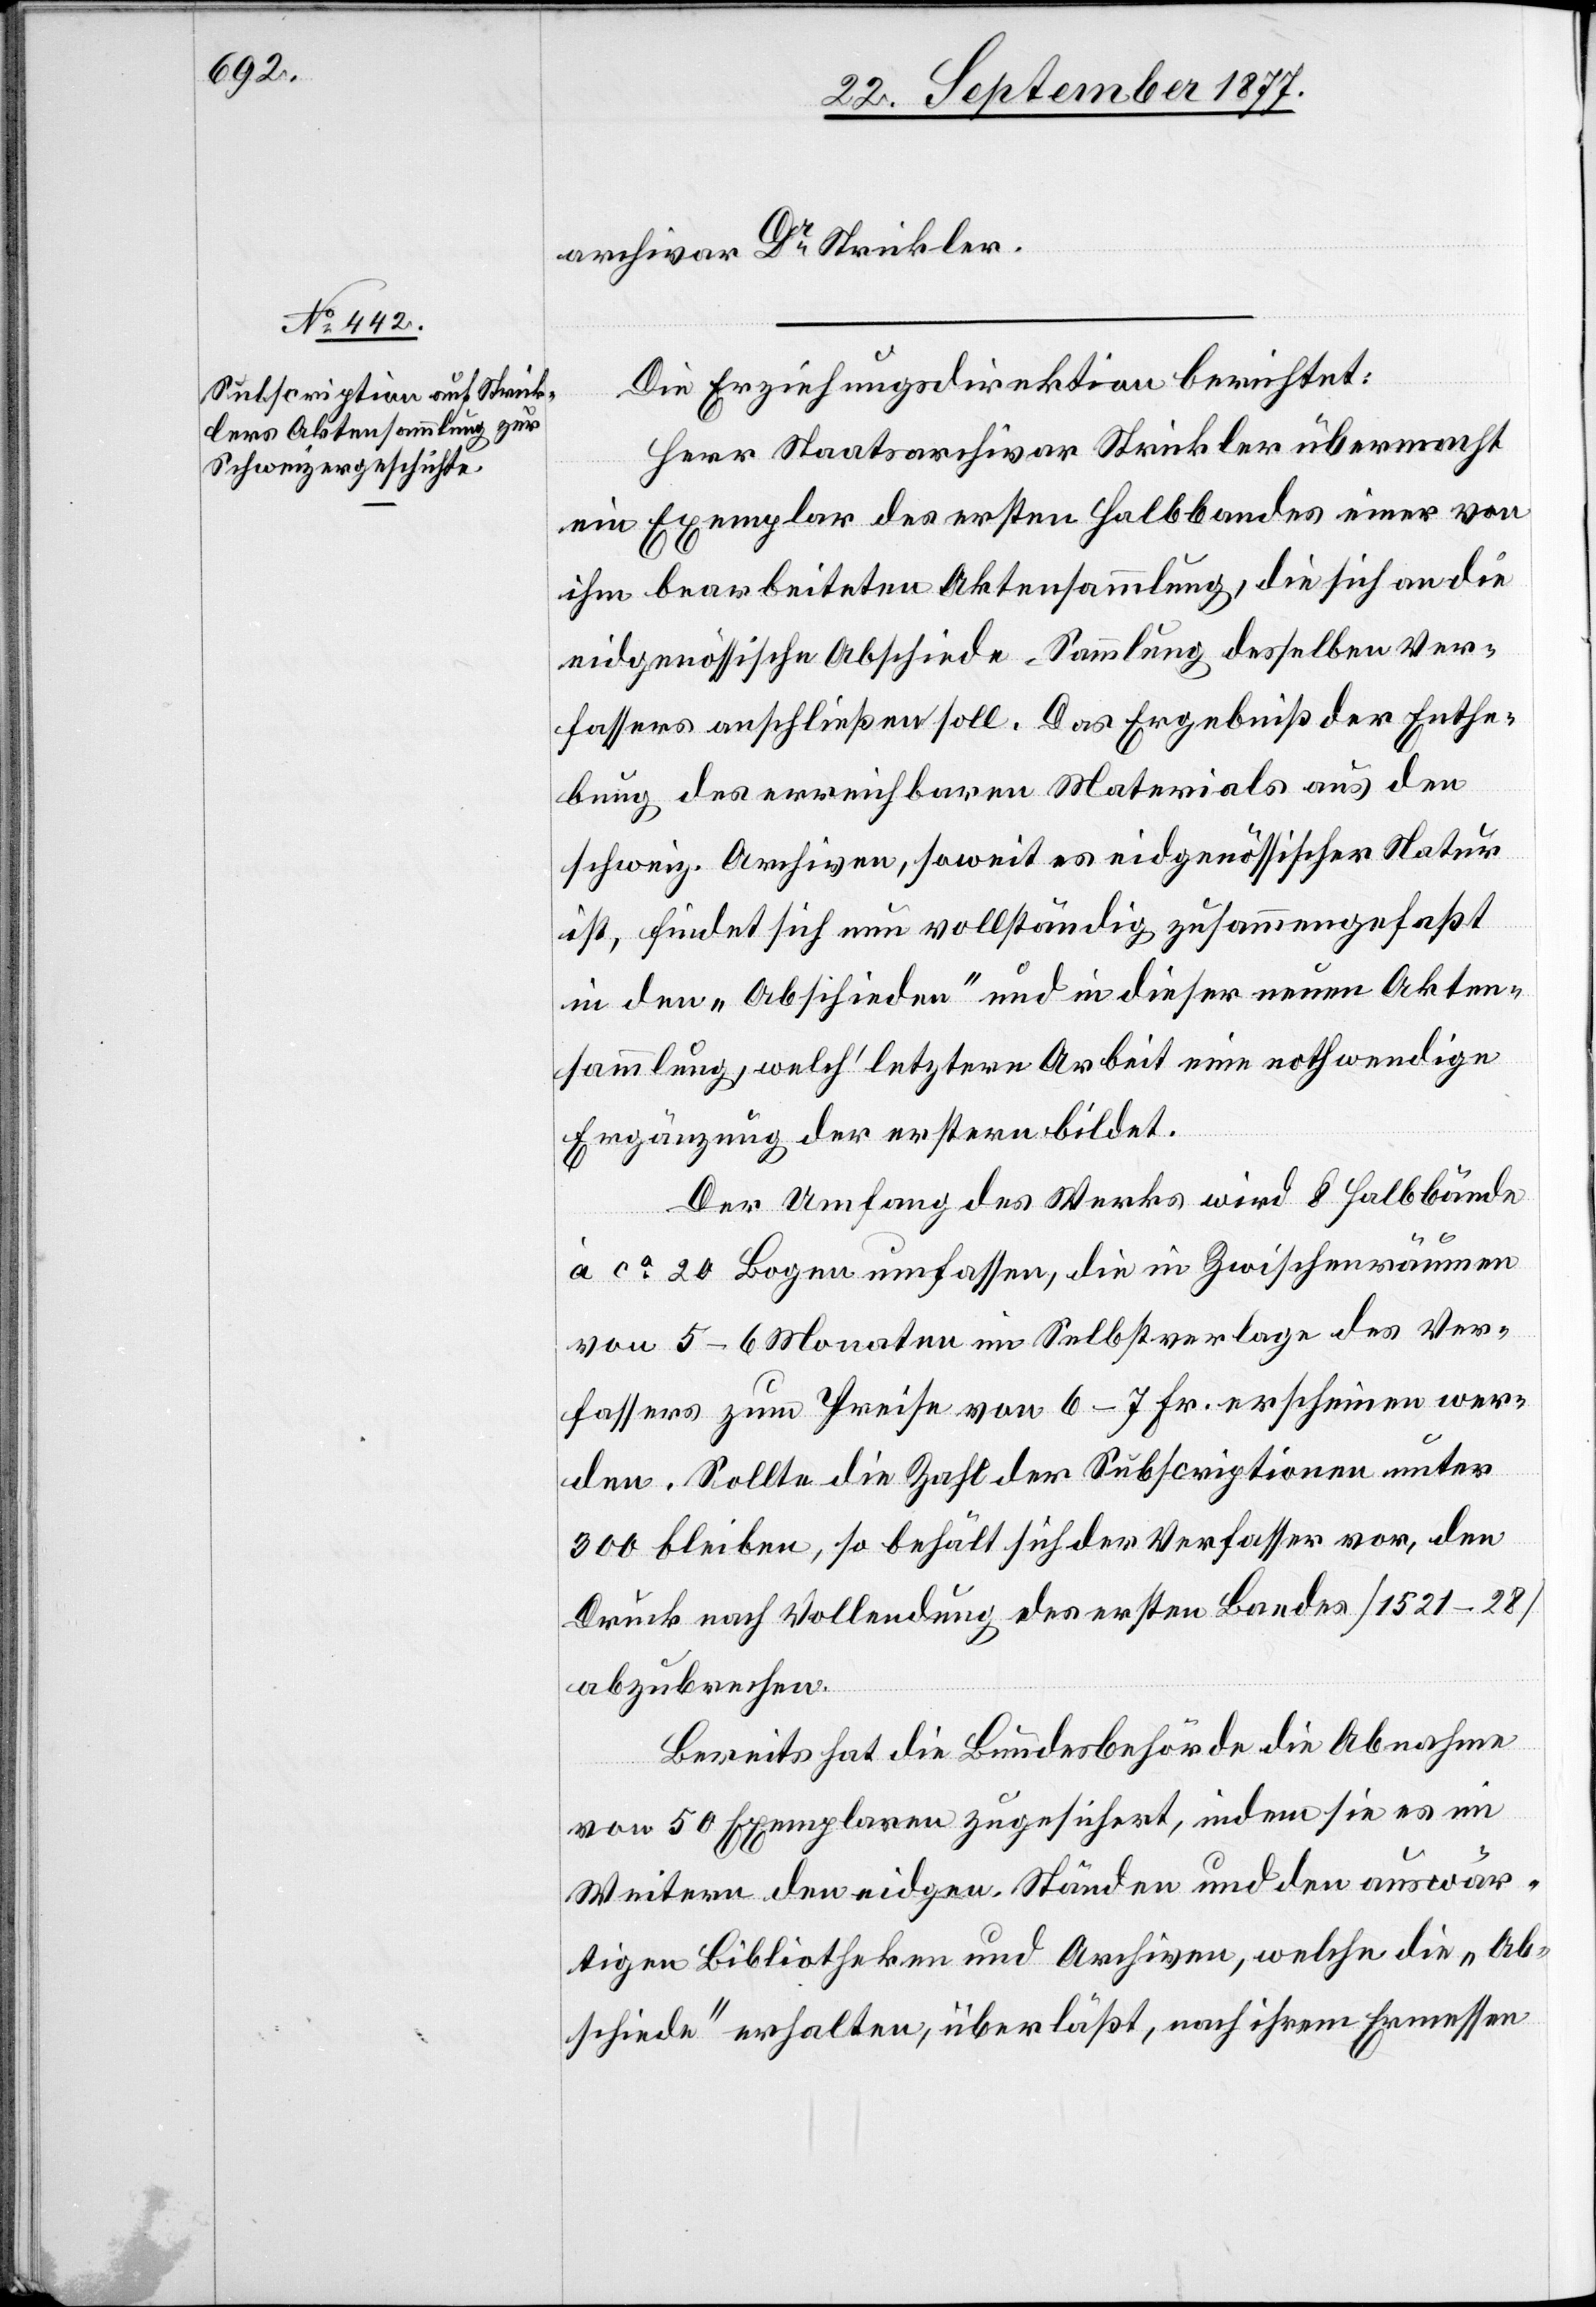
archivar Dr Strickler.
Die Erziehungsdirektion berichtet:
Herr Staatsarchivar Strickler übermacht
ein Exemplar des ersten Halbbandes einer von
ihm bearbeiteten Aktensammlung, die sich an die
eidgenössische Abschiede-Sammlung desselben Ver¬
fassers anschließen soll. Das Ergebniß der Enthe¬
bung des erreichbaren Materials aus den
schweiz. Archiven, soweit es eidgenössischer Natur
ist, findet sich nun vollständig zusammengefaßt
in den „Abschieden“ und in dieser neuen Akten¬
sammlung, welch‘ letztere Arbeit eine nothwendige
Ergänzung der erstern bildet.
Der Umfang des Werks wird 8 Halbbände
à ca 20 Bogen umfassen, die in Zwischenräumen
von 5–6 Monaten im Selbstverlage des Ver¬
fassers zum Preise von 6–7 Fr. erscheinen wer¬
den. Sollte die Zahl der Subscriptionen unter
300 bleiben, so behält sich der Verfasser vor, den
Druck nach Vollendung des ersten Bandes (1521–28)
abzubrechen.
Bereits hat die Bundesbehörde die Abnahme
von 50 Exemplaren zugesichert, indem sie es im
Weitern den eidgen. Ständen und den auswär¬
tigen Bibliotheken und Archiven, welche die „Ab¬
schiede“ erhalten, überläßt, nach ihrem Ermessen